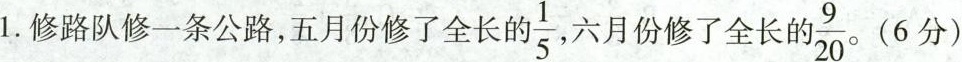
1.修路队修一条公路，五月份修了全长的\frac{1}{5}, 六月份修了全长的 \frac{9}{20}。（6分)